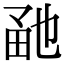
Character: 𤱡